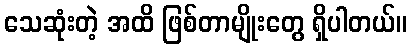
သေဆုံးတဲ့ အထိ ဖြစ်တာမျိုးတွေ ရှိပါတယ်။